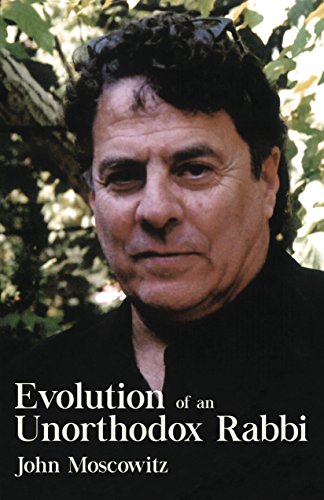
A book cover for Evolution of an Unorthodox Rabbi; John Moscowitz; Literature & Fiction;